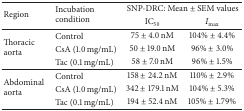
| <ROWSPAN=2> Region | <ROWSPAN=2> Incubation condition | <COLSPAN=2> SNP-DRC: Mean ± SEM values |
 | IC50 | Imax⁡ |
 | --- | --- | --- | --- |
 | <ROWSPAN=3> Thoracic aorta | Control | 75 ± 4.0 nM | 104% ± 4.4% |
 | CsA (1.0 mg/mL) | 50 ± 19.0 nM | 96% ± 3.0% |
 | Tac (0.1 mg/mL) | 58 ± 7.0 nM | 96% ± 1.5% |
 | <ROWSPAN=3> Abdominal aorta | Control | 158 ± 24.2 nM | 110% ± 2.9% |
 | CsA (1.0 mg/mL) | 342 ± 179.1 nM | 104% ± 5.3% |
 | Tac (0.1 mg/mL) | 194 ± 52.4 nM | 105% ± 1.79% |